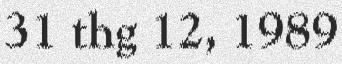
31 thg 12, 1989